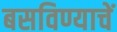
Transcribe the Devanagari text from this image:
बसविण्याचें